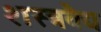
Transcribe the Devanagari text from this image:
शस्त्रवैद्य